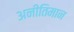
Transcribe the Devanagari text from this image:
अनीतिमान